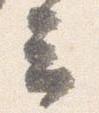
云